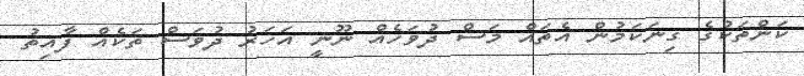
ކަންތަކުގެ ގިނަކަމުން އެތައް މަސް ދުވަހެއް ނޫނީ އަހަރު ދުވަސް ތަކެއް ފާއިތު